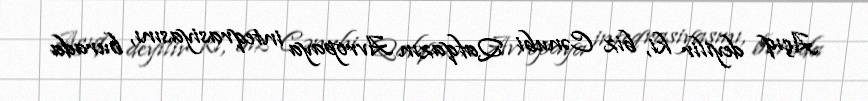
Açıq deyilir ki, biz Cənubi Qafqazın Avropaya inteqrasiyasını, burada